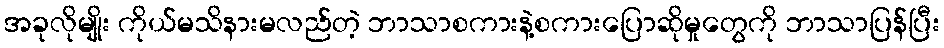
အခုလိုမျိုး ကိုယ်မသိနားမလည်တဲ့ ဘာသာစကားနဲ့စကားပြောဆိုမှုတွေကို ဘာသာပြန်ပြီး